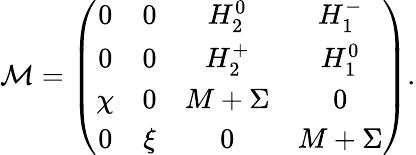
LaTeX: {\cal M}={\left(\begin{array}{cccc}{{0}}&{{0}}&{{H_{2}^{0}}}&{{H_{1}^{-}}}\\ {{0}}&{{0}}&{{H_{2}^{+}}}&{{H_{1}^{0}}}\\ {{\chi}}&{{0}}&{{M+\Sigma}}&{{0}}\\ {{0}}&{{\xi}}&{{0}}&{{M+\Sigma}}\end{array}\right)}.